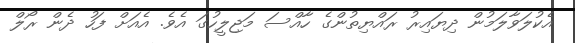
އެކުލަވާލަމުން ދިޔައިރު ރައްޔިތުންގެ ހާއްސަ މަޖިލީހުގަ އެވެ. އެއަށް ފަހު ދެން ރޯލް